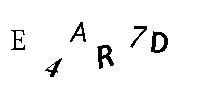
E4AR7D